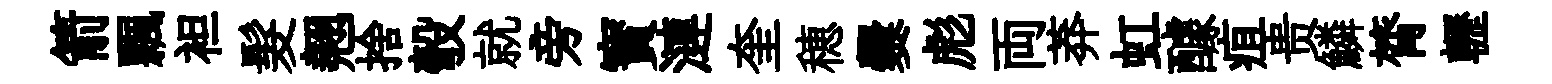
箭飄袒髮翹捨彀就旁寳漣奎穂爨彪両莽虹醵疽贵鱗膂轣